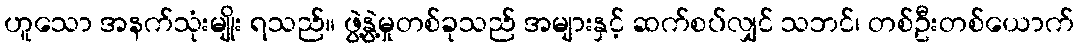
ဟူသော အနက်သုံးမျိုး ရသည်။ ဖွဲ့နွဲ့မှုတစ်ခုသည် အများနှင့် ဆက်စပ်လျှင် သဘင်၊ တစ်ဦးတစ်ယောက်